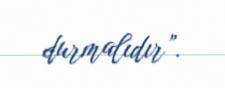
durmalıdır”.